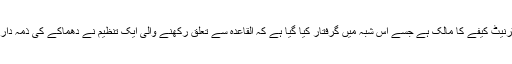
حراست میں لیا گیا ایک شخص بھارت کے زیرِانتظام کشمیر میں ایک انٹرنیٹ کیفے کا مالک ہے جسے اس شبہ میں گرفتار کیا گیا ہے کہ القاعدہ سے تعلق رکھنے والی ایک تنظیم نے دھماکے کی ذمہ داری قبول کرنے کی ای میل بھیجنے کے لیے اس کا کیفے استعمال کیا تھا۔